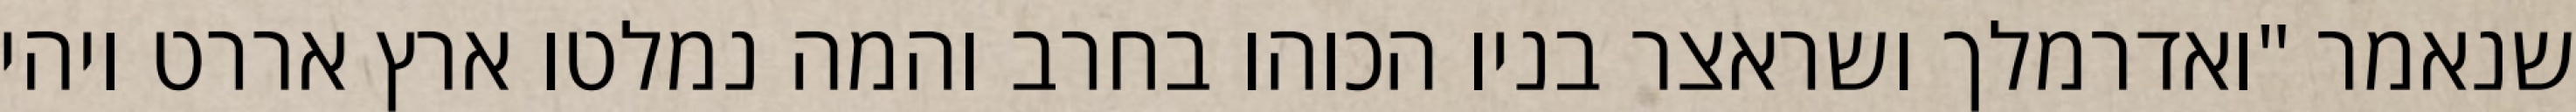
שנאמר "ואדרמלך ושראצר בניו הכוהו בחרב והמה נמלטו ארץ אררט ויהי